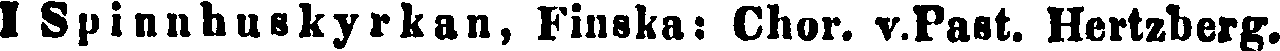
I Spinnhuskyrkan, Finska: Chor. v.Past. Hertzberg.